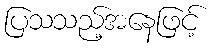
ပြသသည့်အနေဖြင့်